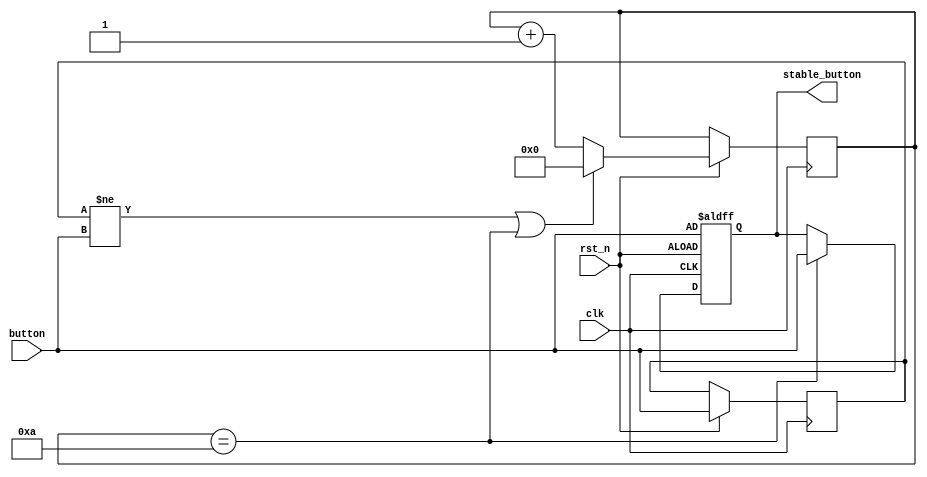
`timescale 1ns / 1ps
//////////////////////////////////////////////////////////////////////////////////
// Company: 
// Engineer: 
// 
// Design Name: 
// Module Name: buttonstable
// Project Name: 
// Target Devices: 
// Tool Versions: 
// Description: 
// 
// Dependencies: 
// 
// Revision:
// Revision 0.01 - File Created
// Additional Comments:
// 
//////////////////////////////////////////////////////////////////////////////////


module buttonstable(
    input clk,
    input button,
    input rst_n,
    output reg stable_button

    );
    parameter JIT =5'b01010 ;
    reg [4:0]count;
    reg pre_button;
    always@(posedge clk or negedge rst_n)begin      
        if(!rst_n)stable_button<=button;
        else
        begin
            pre_button<=button;
            if(pre_button!=button || count==JIT)count<=0;//
            else count<=count+1;
            if(count==JIT )stable_button<=button; //
        end
    end
endmodule